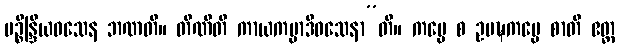
ပဉ္စိန္ဒြိယဝသေန ဘဏတိ။ တီဏီတိ ကာယကမ္မာဒိဝသေနာ”တိ။ ကမ္မေ စ ဥပဍ္ဎကမ္မေ စာတိ ဧတ္ထ